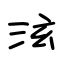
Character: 泫